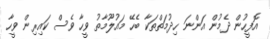
އޮފީހުން ދެމުން އަންނަ ހިދުމަތްތަކާ ބެހޭ މައުލޫމާތު ވީހާ ވެސް ކައިރިން ވީހާ